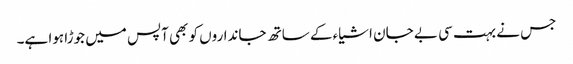
جس نے بہت سی بے جان اشیاء کے ساتھ جانداروں کو بھی آپس میں جوڑا ہوا ہے۔